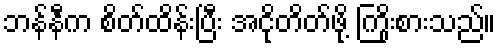
ဘန်နီက စိတ်ထိန်းပြီး အငိုတိတ်ဖို့ ကြိုးစားသည်။